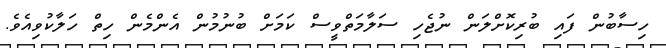
ހިސާބުން ފައި ބުރިކޮށްލަން ނުޖެހި ސަލާމަތްވީސް ކަމަށް ބުނުމުން އެންމެން ހިތް ހަލާކުވިއެވެ.